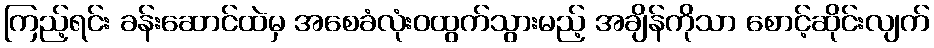
ကြည့်ရင်း ခန်းဆောင်ထဲမှ အစေခံလုံးဝထွက်သွားမည့် အချိန်ကိုသာ စောင့်ဆိုင်းလျက်